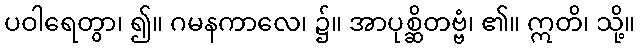
ပဝါရေတွာ၊ ၍။ ဂမနကာလေ၊ ၌။ အာပုစ္ဆိတဗ္ဗံ၊ ၏။ ဣတိ၊ သို့။